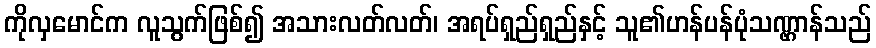
ကိုလှမောင်က လူသွက်ဖြစ်၍ အသားလတ်လတ်၊ အရပ်ရှည်ရှည်နှင့် သူ၏ဟန်ပန်ပုံသဏ္ဌာန်သည်